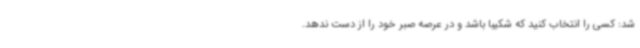
شد: کسی را انتخاب کنید که شکیبا باشد و در عرصه صبر خود را از دست ندهد.